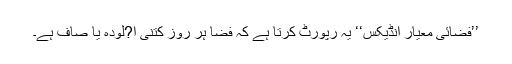
’’فضائی معیار انڈیکس‘‘ یہ رپورٹ کرتا ہے کہ فضا ہر روز کتنی ا?لودہ یا صاف ہے۔